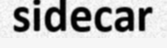
sidecar